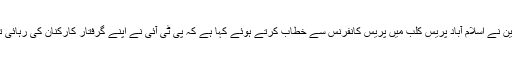
پاکستان تحریکِ انصاف کے رہنما جہانگیر ترین نے اسلام آباد پریس کلب میں پریس کانفرنس سے خطاب کرتے ہوئے کہا ہے کہ پی ٹی آئی نے اپنے گرفتار کارکنان کی رہائی تک حکومت سے مذاکرات معطل کر دیے ہیں۔